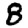
Digit: 8